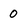
Character: 0